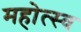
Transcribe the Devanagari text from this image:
महोत्स्व